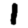
Digit: 1